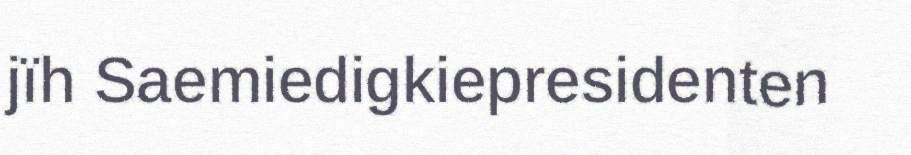
jïh Saemiedigkiepresidenten